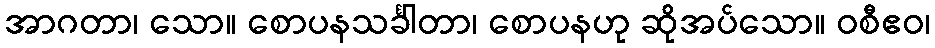
အာဂတာ၊ သော။ စောပနသင်္ခါတာ၊ စောပနဟု ဆိုအပ်သော။ ဝစီဧဝ၊